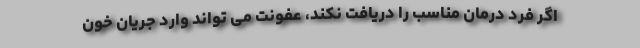
اگر فرد درمان مناسب را دریافت نکند، عفونت می تواند وارد جریان خون